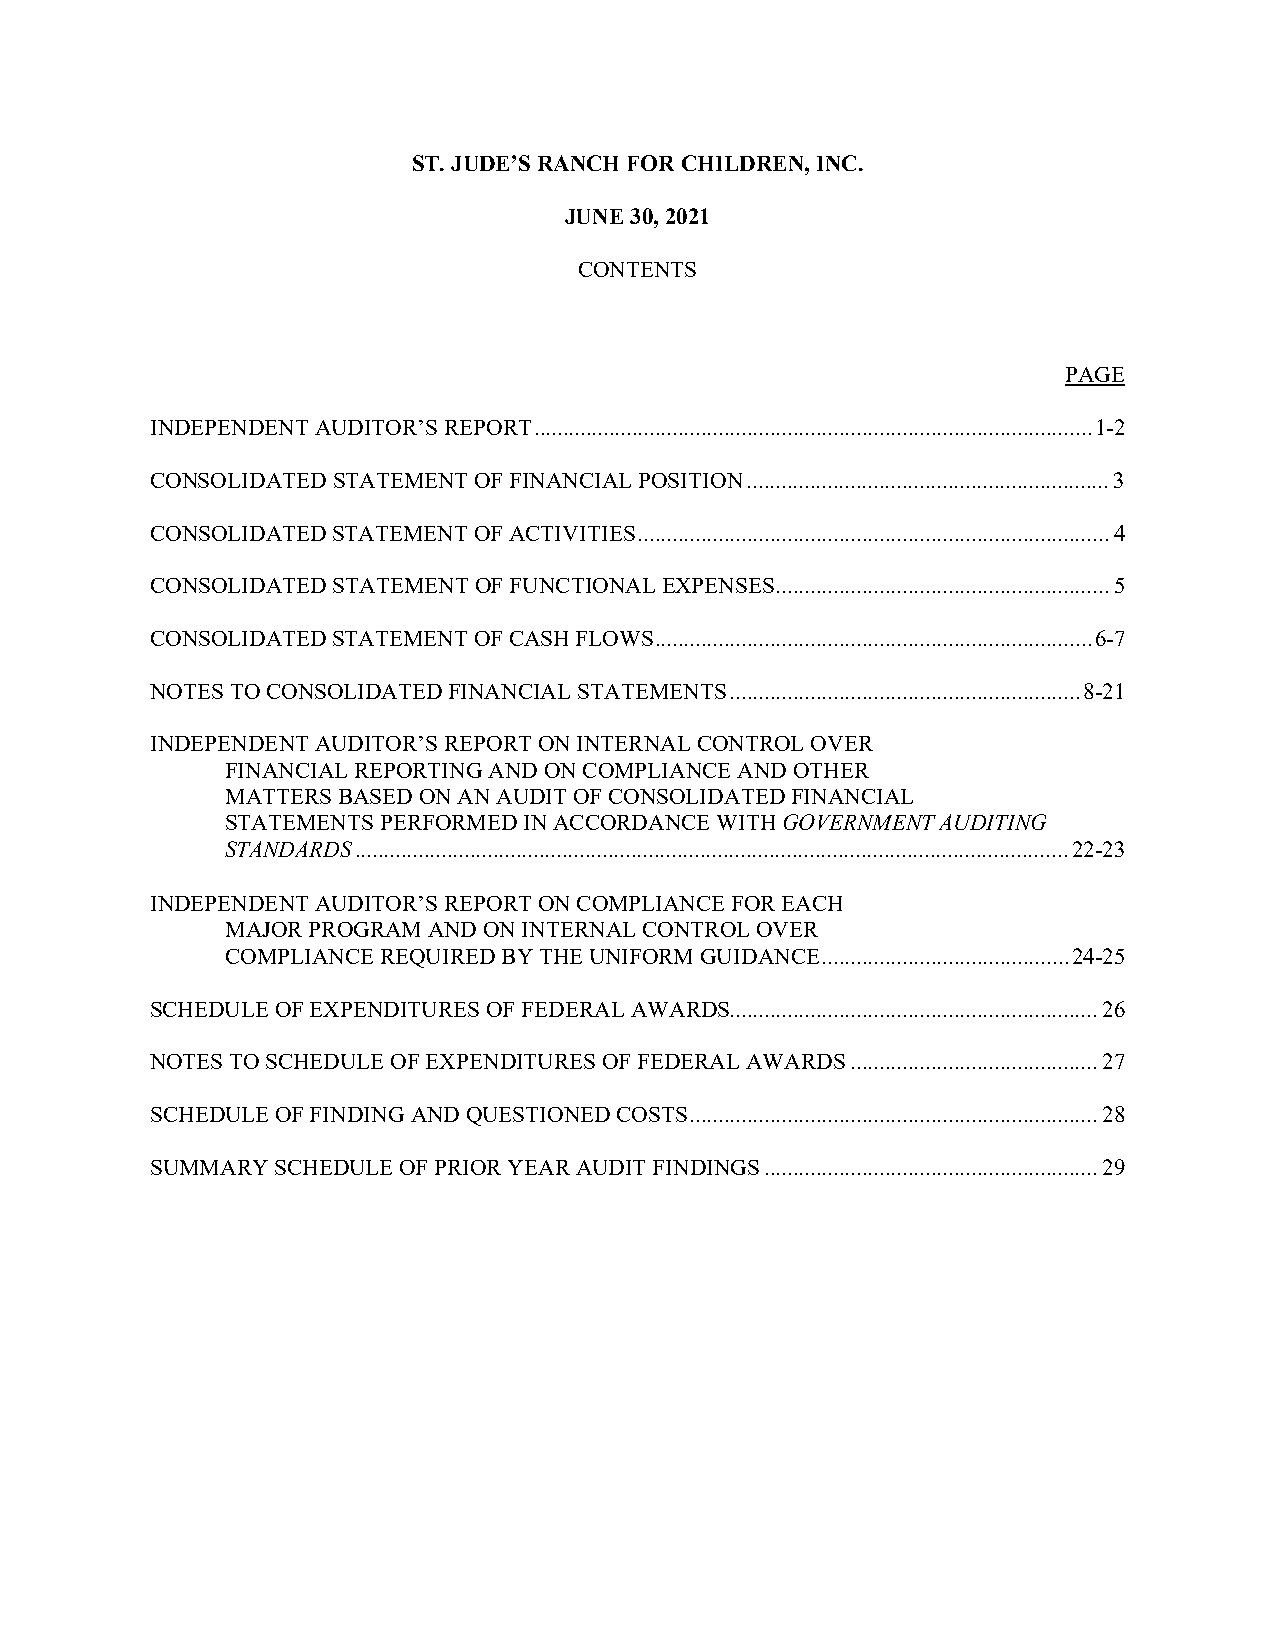
ST. JUDE’S RANCH FOR CHILDREN, INC.
 JUNE 30, 2021
 CONTENTS
 PAGE
 INDEPENDENT AUDITOR’S REPORT ................................................................................................. 1-2
 CONSOLIDATED STATEMENT OF FINANCIAL POSITION ............................................................... 3
 CONSOLIDATED STATEMENT OF ACTIVITIES .................................................................................. 4
 CONSOLIDATED STATEMENT OF FUNCTIONAL EXPENSES .......................................................... 5
 CONSOLIDATED STATEMENT OF CASH FLOWS ............................................................................ 6-7
 NOTES TO CONSOLIDATED FINANCIAL STATEMENTS ............................................................. 8-21
 INDEPENDENT AUDITOR’S REPORT ON INTERNAL CONTROL OVER
 FINANCIAL REPORTING AND ON COMPLIANCE AND OTHER
 MATTERS BASED ON AN AUDIT OF CONSOLIDATED FINANCIAL
 STATEMENTS PERFORMED IN ACCORDANCE WITH GOVERNMENT AUDITING
 STANDARDS ............................................................................................................................ 22-23
 INDEPENDENT AUDITOR’S REPORT ON COMPLIANCE FOR EACH
 MAJOR PROGRAM AND ON INTERNAL CONTROL OVER
 COMPLIANCE REQUIRED BY THE UNIFORM GUIDANCE ........................................... 24-25
 SCHEDULE OF EXPENDITURES OF FEDERAL AWARDS ................................................................ 26
 NOTES TO SCHEDULE OF EXPENDITURES OF FEDERAL AWARDS ........................................... 27
 SCHEDULE OF FINDING AND QUESTIONED COSTS ....................................................................... 28
 SUMMARY SCHEDULE OF PRIOR YEAR AUDIT FINDINGS .......................................................... 29